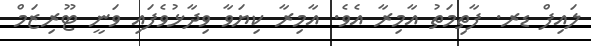
ލައިފް ޑރ. ފާތިމަތު އާމިރާ އެވެ. އާމިރާ ކިޔަވާ ވިދާޅުވެފައި ވަނީ ޓޫރިޒަމް